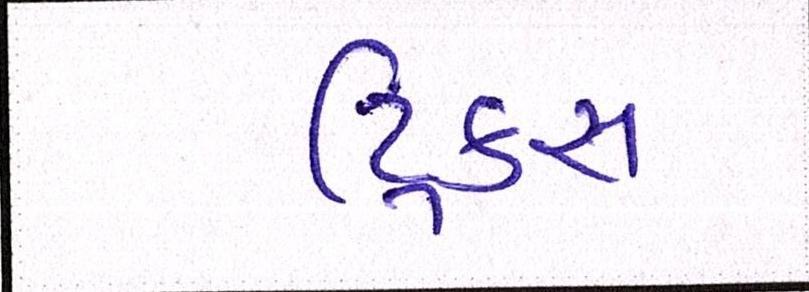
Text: ટ્રિક્સ